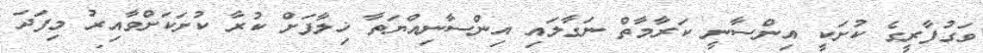
ވަގުފާރީގެ ކުށަކީ އިންސާނީ ކަރާމާތް ނަގާލައި އިންސާނިއްޔަތާ ޚިލާފަށް ކުރާ ކުށަކަށްވާއިރު މިފަދަ